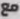
مع